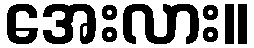
အေးလား။